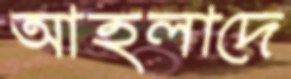
আহলাদে